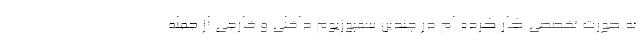
به صورت تخصصی کار کرده ام در چندین سمپوزیوم داخلی و خارجی از جمله